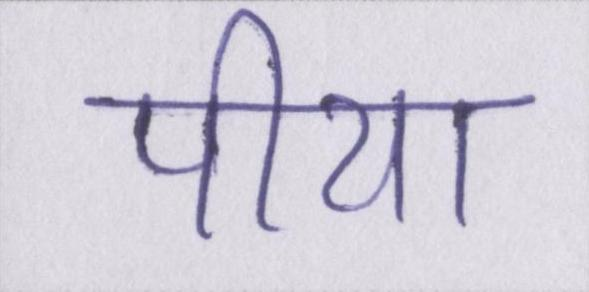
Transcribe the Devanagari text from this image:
पीया